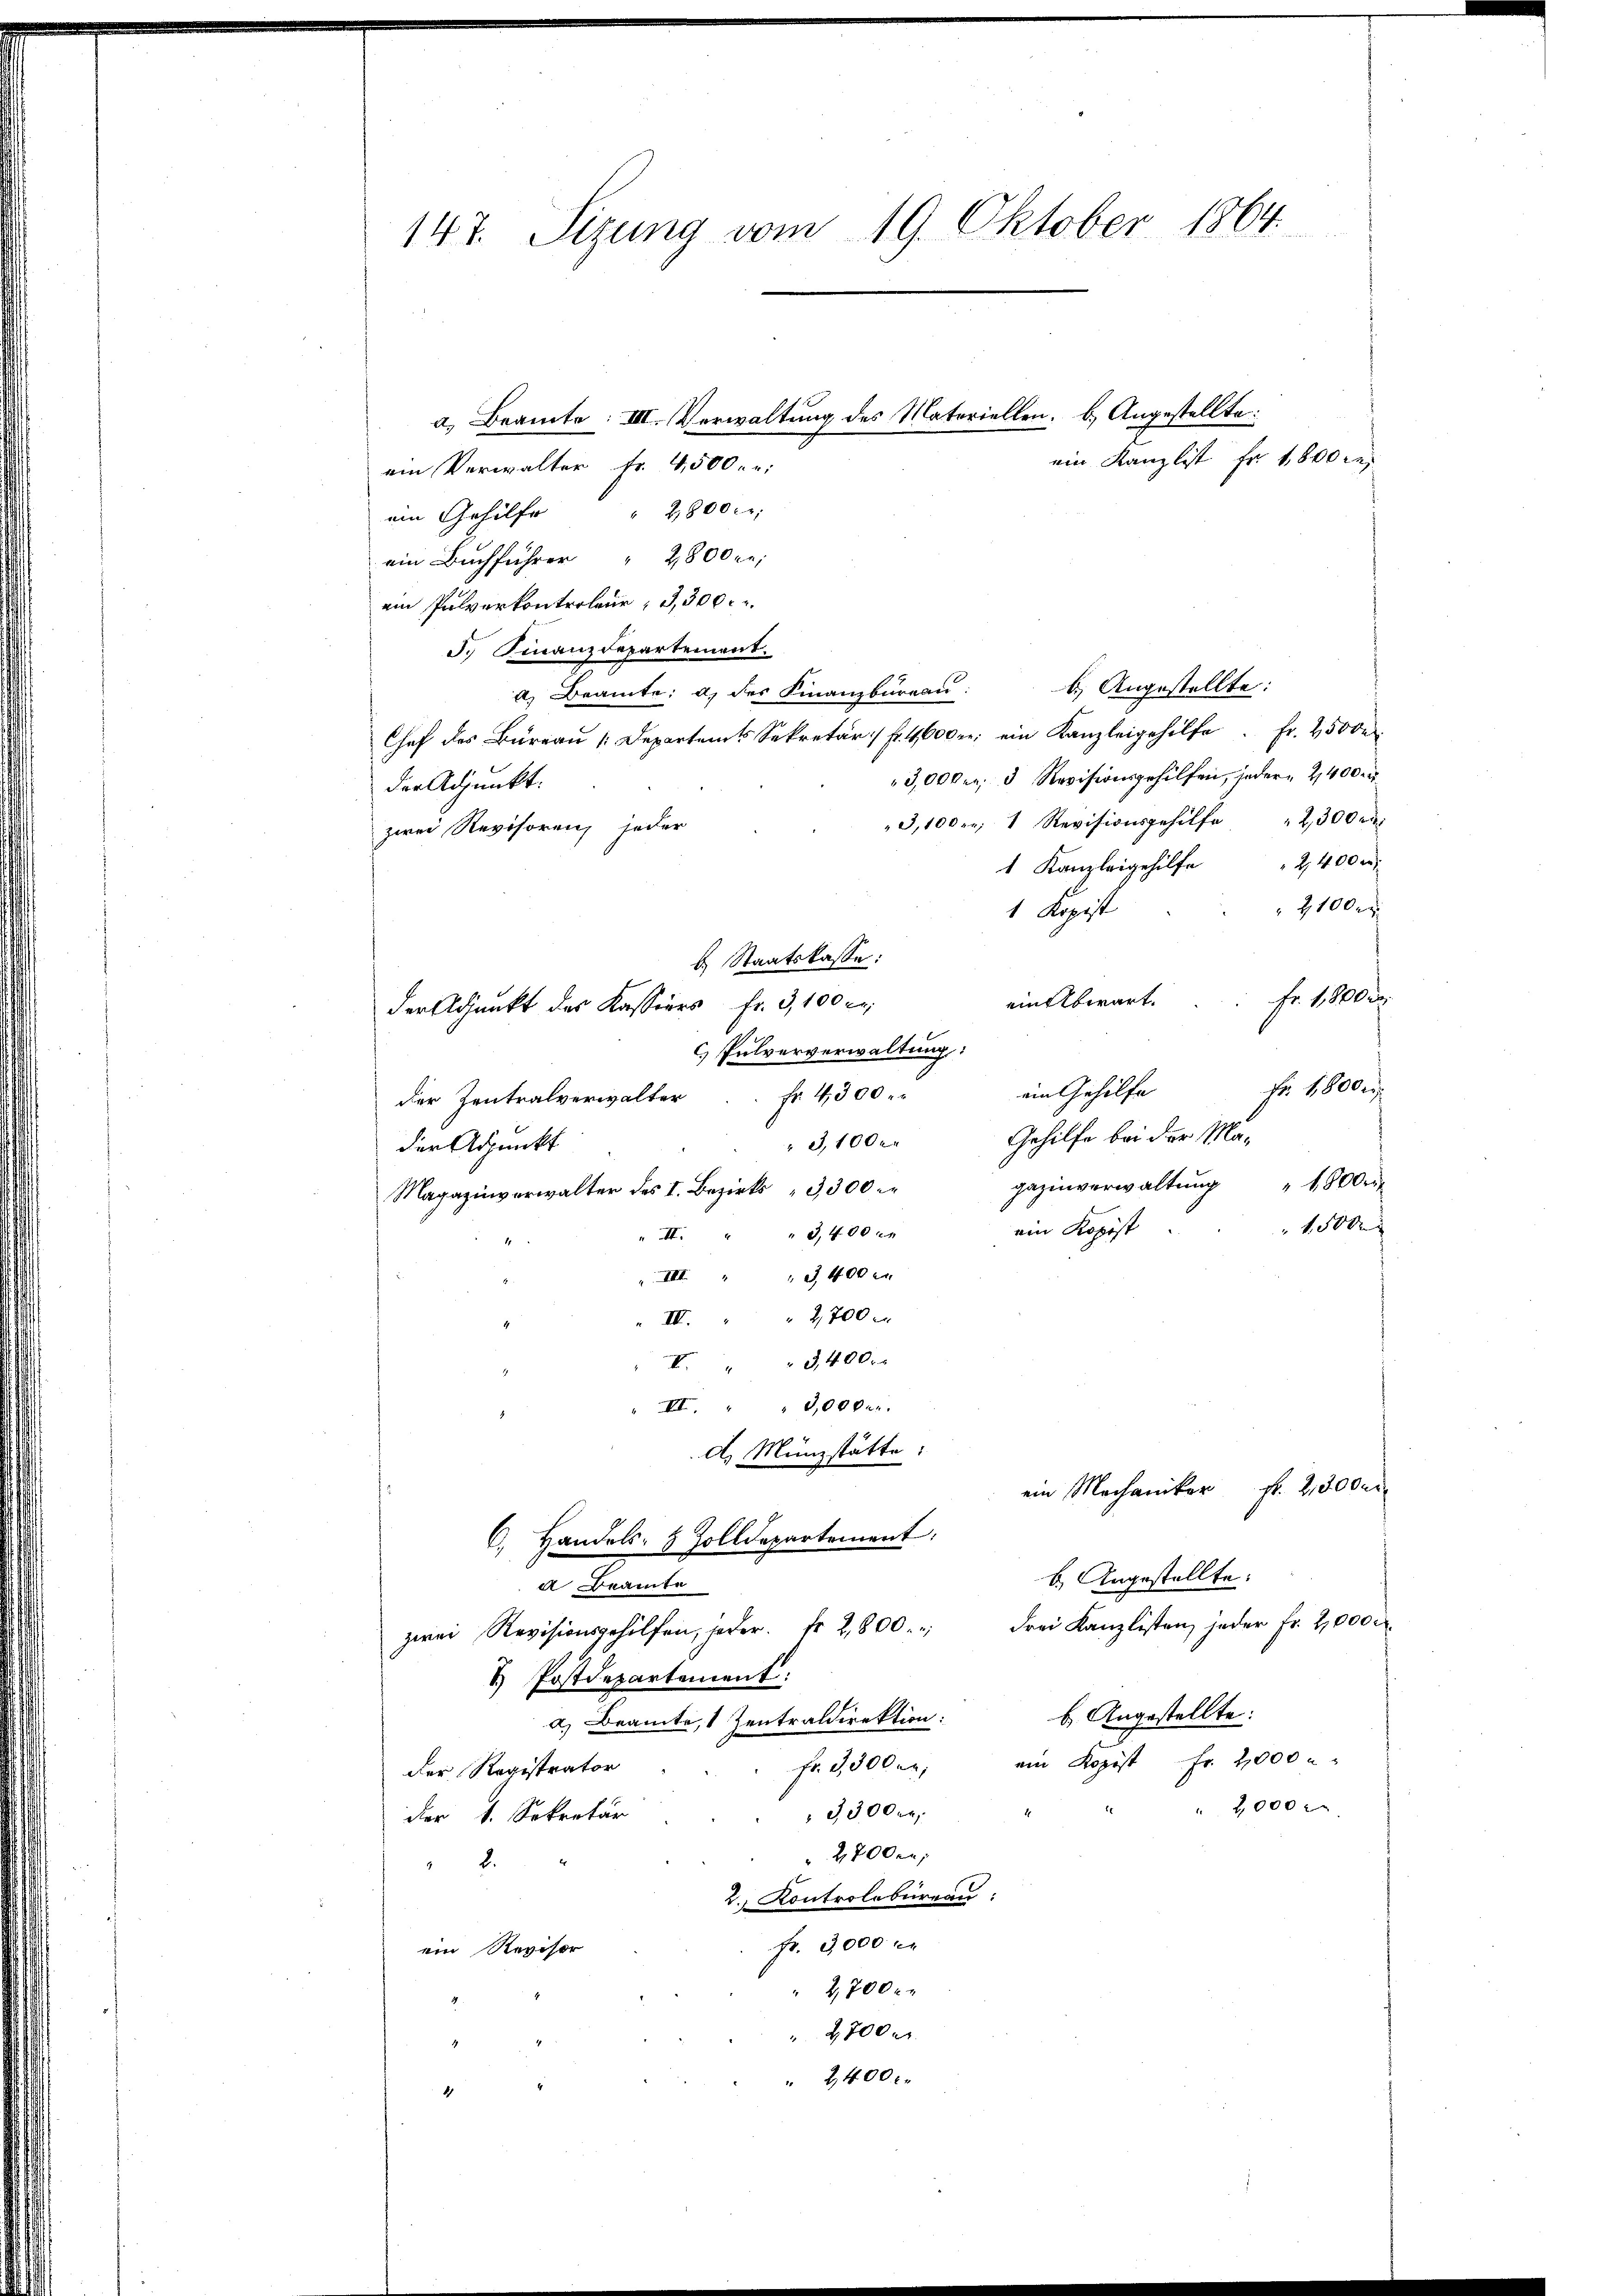
147. Sizung vom 19. Oktober 1864.

ein Kanzlist fr. 1800 re
ein Verwalter Nr. 4500 r.
ein Gehülfe " 2800. r.
ein Buchführer 2800 re
ein Pulverkontroleur, G,300.
J. Finanzdepartement.
b.) Angestellte:
2. Beamte: a) des Finanzbüreau.
Chef des Bureau [Departamts Sekretär :/ f. 4600 er ein Kanzleigehilfe. Fr. 25000
3,000 fr. 3 Revisionsgehilfen, jeder 2400 r
der Adjunkt:
3,100; 1 Revisionsgehilfe " 2300 r
zwei Revisorenz jeder
" Kanzleigehilfe " 2400 r.
2100
1 Kapit
b. Staatskasse:
Fr. 1000.
einabwart.
der Adjunkt des Kassiers Fr. 3,100 Fr.
c. Pulververwaltung:
ein Gehilfe Fr. 1800 er
Fr. 4300 r
der Zentralverwalter
Gehilfe bei der Ma¬
3,10xx
der Adjunkt
gazinverwaltung 1800 r
Magazinverwalter des I. Bezirks 3,300
 15000
ein Kopist
" II. " " 3,400 c.
 3400
VIII.
III. " " 2700 x
X. " " 3400.
III. " " 3,000.
d. Münzstätte:
ein Mechaniker fr. 2, 30 der
6., Handels- & Zolldepartement,
b. Angestellte:
d Beamte
zwei Revisionsgehilfen, jeder. fr. 2800. Frei Kanzlisten jeder Fr. 2,000
u Postdepartement:
b. Angestellte:
a) Beamte, 1 Zentraldirektion:
ein Kopist Fr. 2000
fr. 3,500 er
der Registrator
2000 x
3,300 rl.
der 1. Sekretär
2700 en
2
2. Kontrolbureau
fr. 3000 c.
ein Revisor
2,700 x
2,700 r
2400 x
4

a. Beamte: III. Verwaltung des Materiellen, b.) Angestellte: